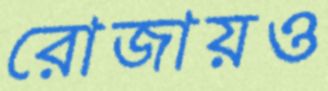
রোজায়ও